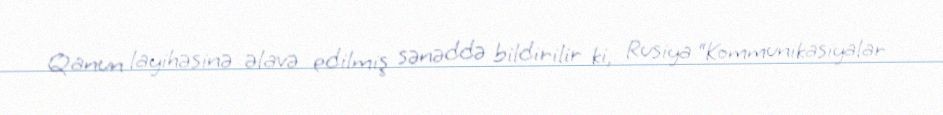
Qanun layihəsinə əlavə edilmiş sənəddə bildirilir ki, Rusiya “Kommunikasiyalar